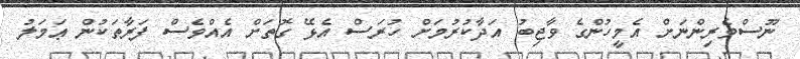
ނޫސްވެރިންނަށް އެމީހުންގެ ވާޖިބު އަދާކުރުމަށް ހުރަސް އެޅޭ ގޮތަށް އެއްވެސް ފަރާތަކުން ޢަމަލު